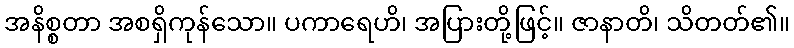
အနိစ္စတာ အစရှိကုန်သော။ ပကာရေဟိ၊ အပြားတို့ဖြင့်။ ဇာနာတိ၊ သိတတ်၏။